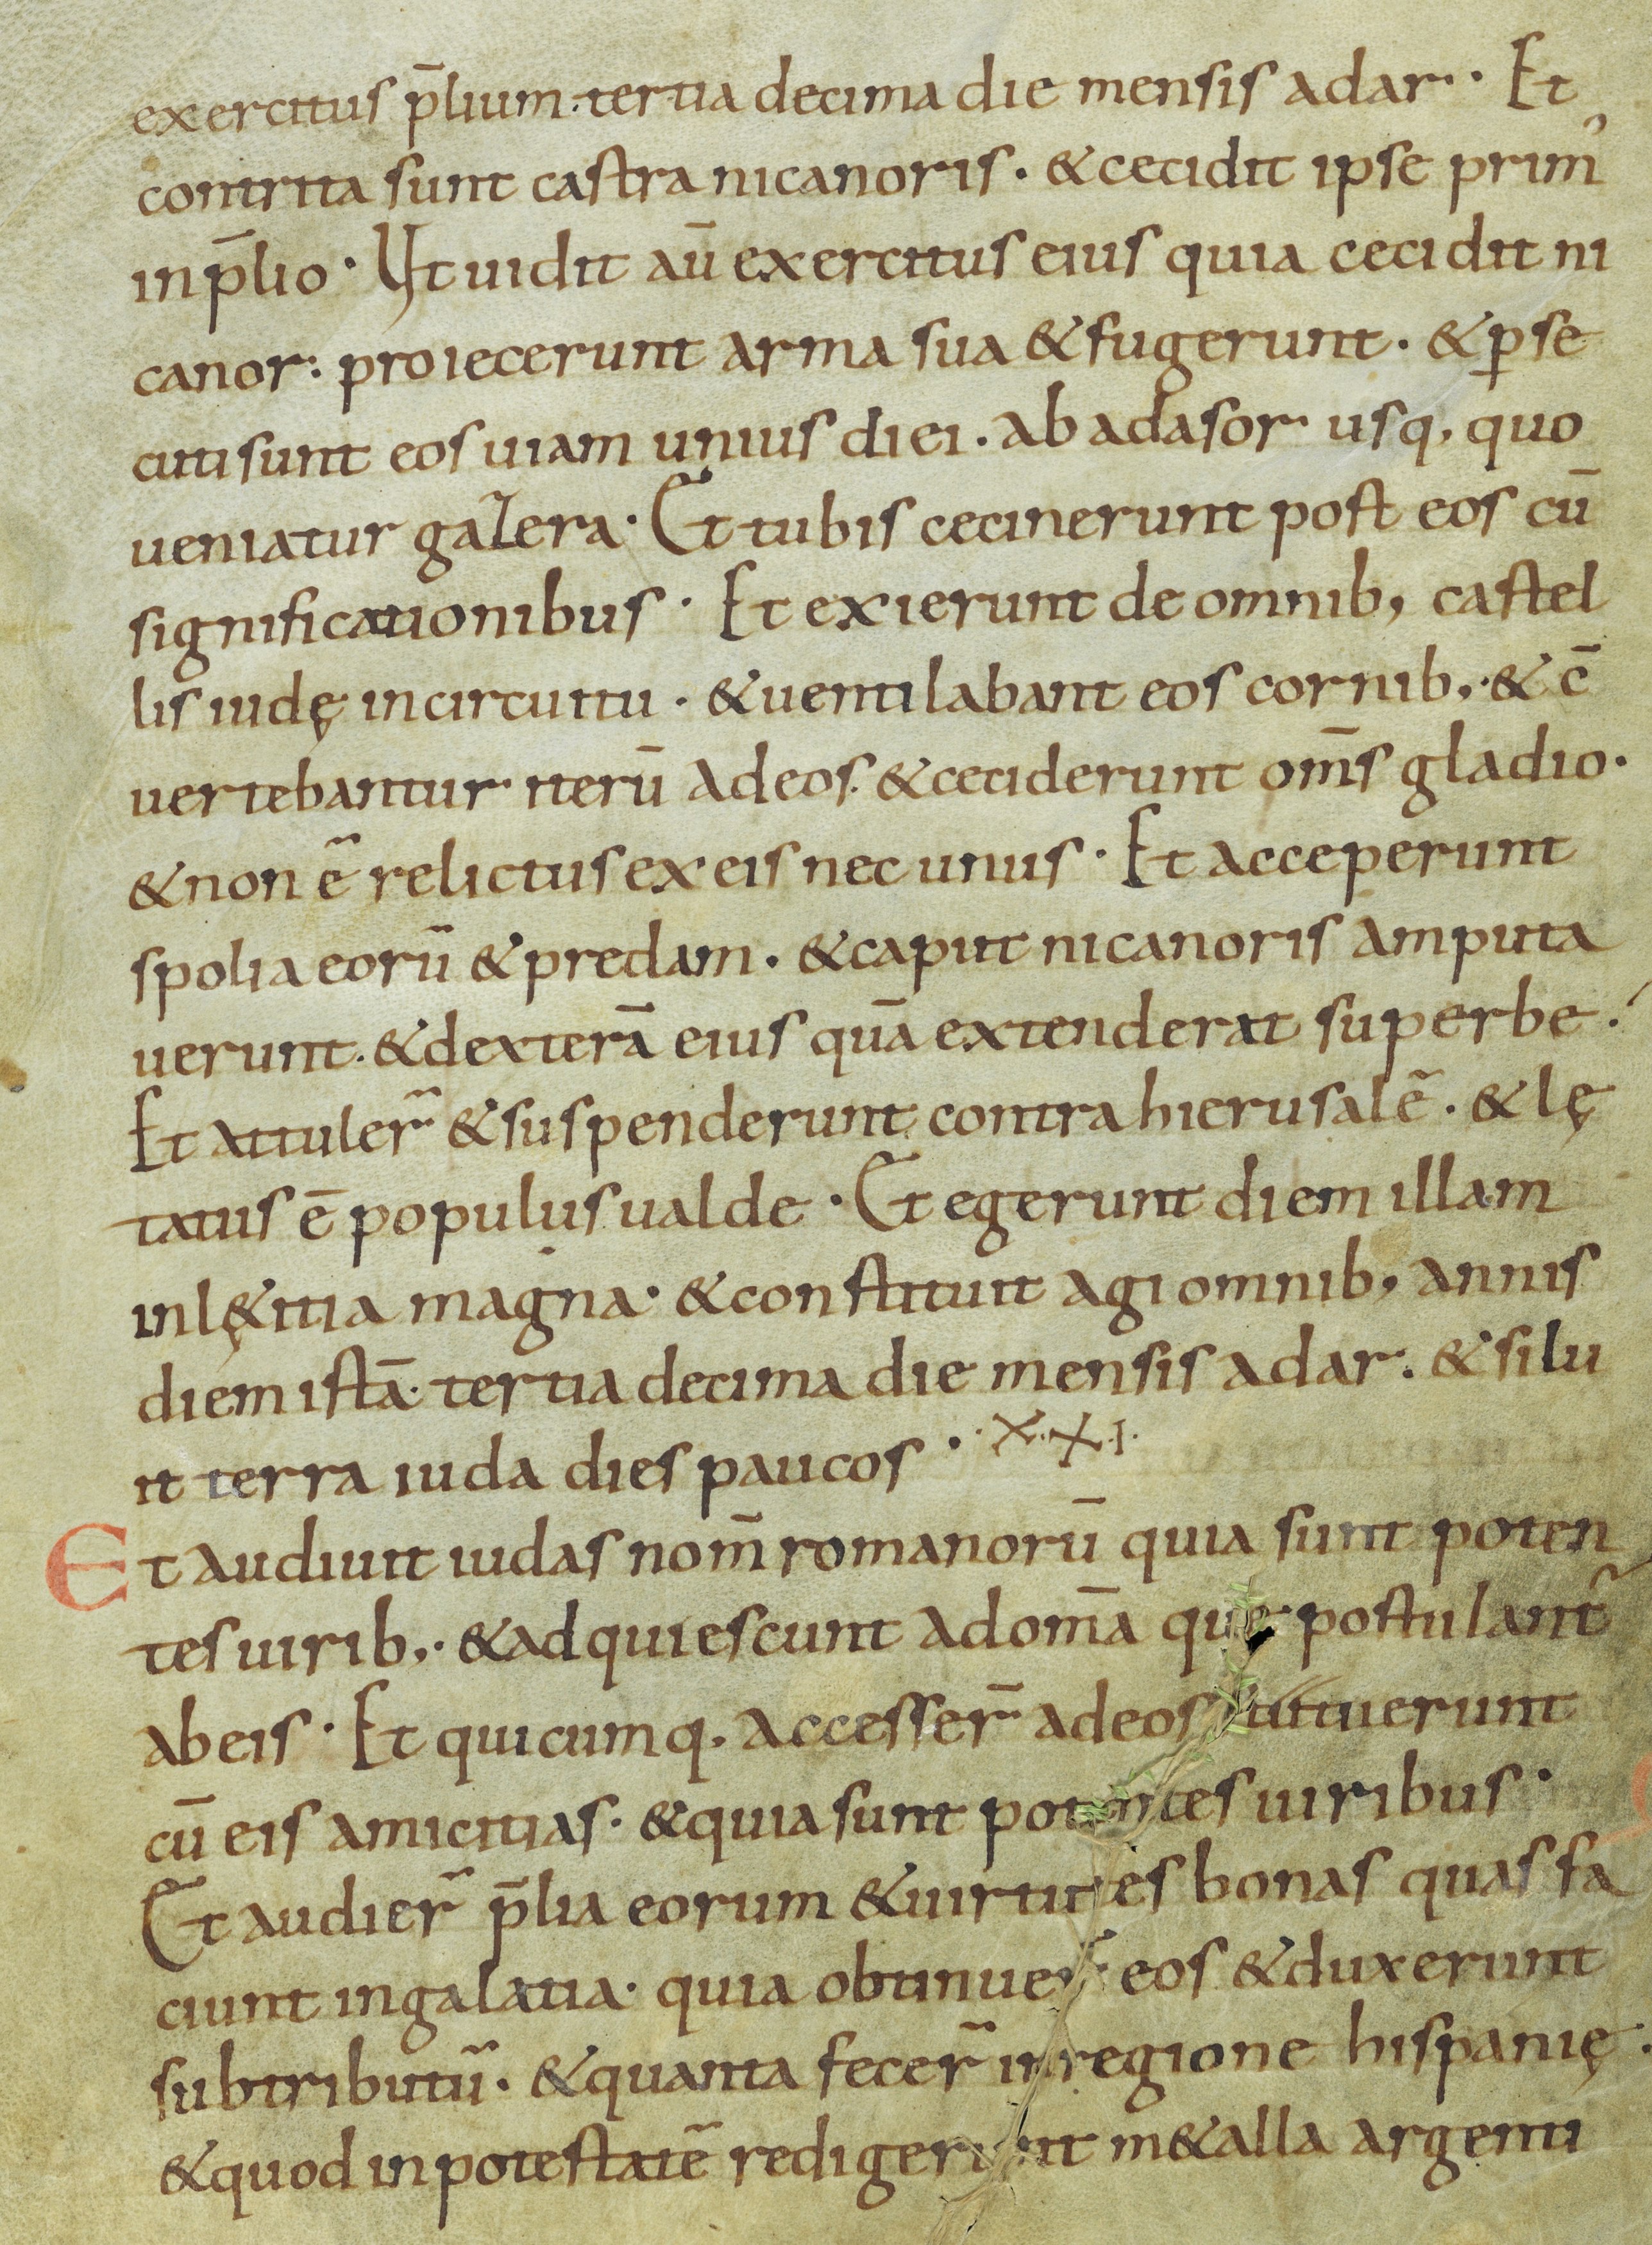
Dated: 800–899